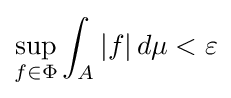
\sup _{f\in \Phi }\int _{A}|f|\,d\mu <\varepsilon